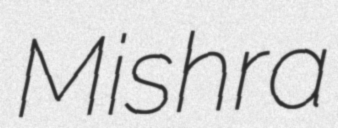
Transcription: Mishra